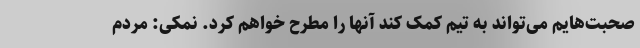
صحبت‌هایم می‌تواند به تیم کمک کند آنها را مطرح خواهم کرد. نمکی: مردم